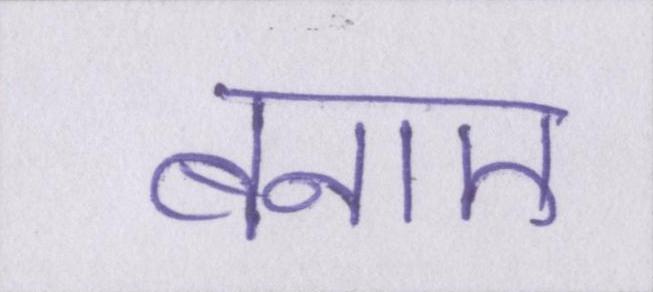
बनाए